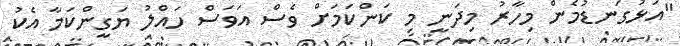
"އަޅުގަނޑުމެން މިހާރު މިދަނީ މި ކަންކަމަށް ވެސް އަވަސް ހައްލު ޔަގީންކަމާ އެކު